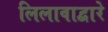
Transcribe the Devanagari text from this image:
लिलावाद्वारे